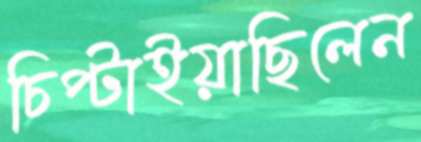
চিপ্‌টাইয়াছিলেন